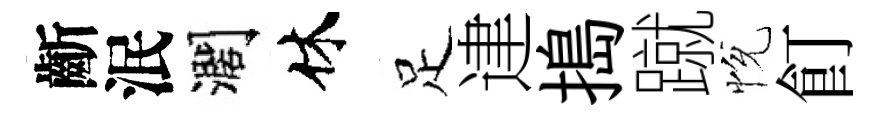
齗泯濶休足䢖搗蹴恱飣